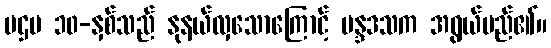
ပဌမ ၁၀-နှစ်သည် နုနယ်လှသောကြောင့် မန္ဒဒသက အရွယ်မည်၏။